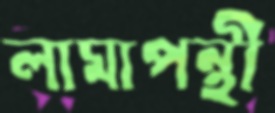
লামাপন্থী